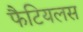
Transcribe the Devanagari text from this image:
फैटियलस